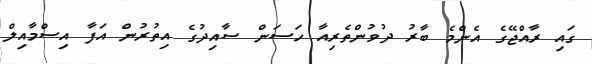
ގައި ރާއްޖޭގެ އެންމެ ބާރު ދުވުންތެރިއާ ހަސަން ސާއިދުގެ އިތުރުން އަފާ އިސްމާއިލް